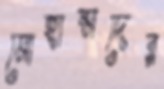
মোহাম্মদের